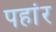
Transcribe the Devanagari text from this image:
पहांर